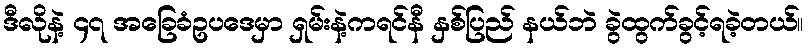
ဒီလိုနဲ့ ၄၇ အခြေခံဥပဒေမှာ ရှမ်းနဲ့ကရင်နီ နှစ်ပြည် နယ်ဘဲ ခွဲထွက်ခွင့်ရခဲ့တယ်။